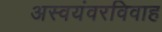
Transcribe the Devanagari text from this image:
अस्वयंवरविवाह